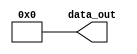
module simple_module #(parameter ID = 0) (
    output wire [7:0] data_out
);
    assign data_out = ID; // Example behavior for simplicity
endmodule